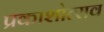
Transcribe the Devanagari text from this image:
प्रकाशोत्‍सव